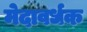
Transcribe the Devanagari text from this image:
मेदावर्धक